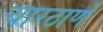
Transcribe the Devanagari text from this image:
चारठाणे